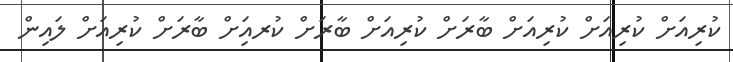
ކުރިއަށް ކުރިއަށް ކުރިއަށް ބާރަށް ކުރިއަށް ބާރަށް ކުރއިަށް ބާރަށް ކުރިއަށް ލައިން